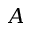
A